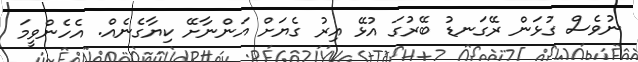
ނުވެސް ގުޅަން ރޭގަނޑު ބޭރުގަ އުޅޭ އިރު ގެޔަށް އަންނާށޭ ކިޔާގެނެއް. އެހެންވީމަ